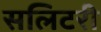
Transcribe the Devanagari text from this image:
सलिटरी